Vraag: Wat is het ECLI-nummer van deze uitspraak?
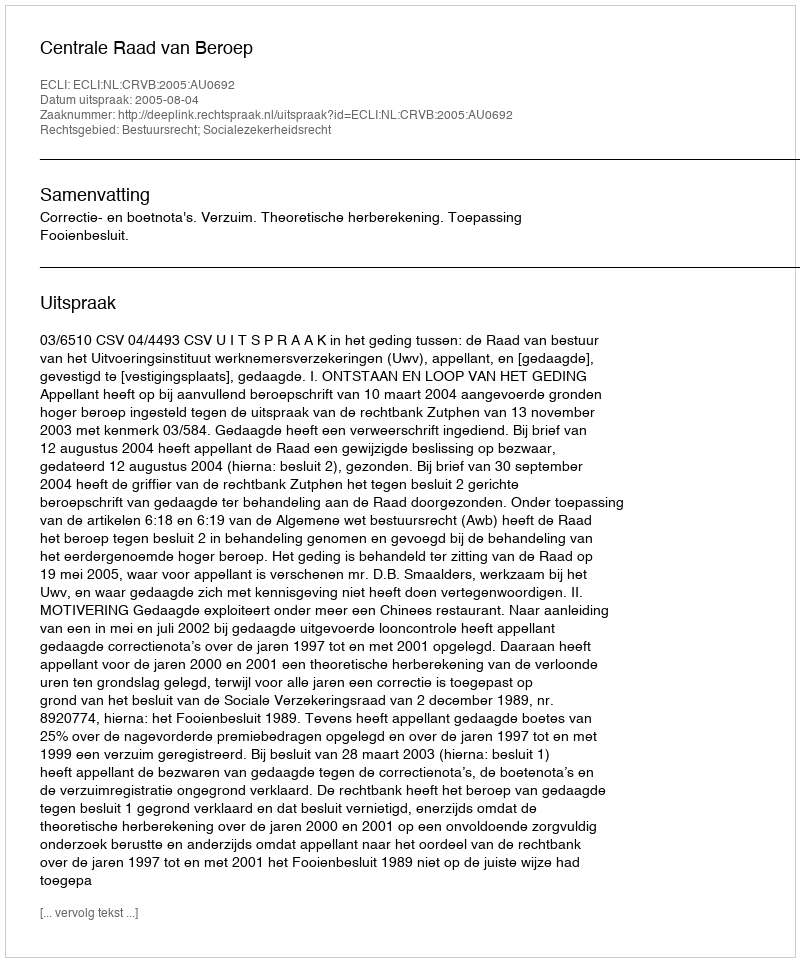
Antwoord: ECLI:NL:CRVB:2005:AU0692